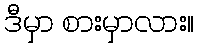
ဒီမှာ စားမှာလား။